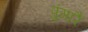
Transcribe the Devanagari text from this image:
पुंगारै